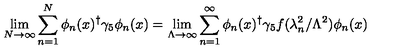
\lim _ { N { \rightarrow } \infty } \sum _ { n = 1 } ^ { N } \phi _ { n } ( x ) ^ { \dag } \gamma _ { 5 } \phi _ { n } ( x ) = \lim _ { \Lambda \rightarrow \infty } \sum _ { n = 1 } ^ { \infty } \phi _ { n } ( x ) ^ { \dag } \gamma _ { 5 } f ( \lambda _ { n } ^ { 2 } / \Lambda ^ { 2 } ) \phi _ { n } ( x )